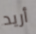
أريد